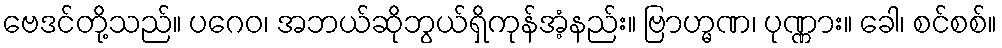
ဗေဒင်တို့သည်။ ပဂေဝ၊ အဘယ်ဆိုဘွယ်ရှိကုန်အံ့နည်း။ ဗြာဟ္မဏ၊ ပုဏ္ဏား။ ခေါ၊ စင်စစ်။